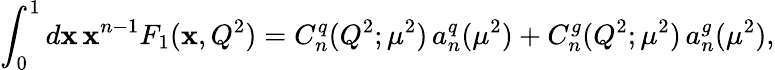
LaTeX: \int_{0}^{1}{d}\mathbf{x}\, \mathbf{x}^{n-1}F_{1}(\mathbf{x},Q^{2})=C_{n}^{q}(Q^{2};\mu^{2})\, a_{n}^{q}(\mu^{2})+C_{n}^{g}(Q^{2};\mu^{2})\, a_{n}^{g}(\mu^{2}),